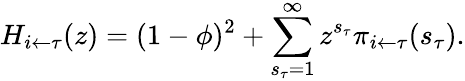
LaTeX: H_{i\leftarrow\tau}(z)=(1-\phi)^{2}+\sum_{s_{\tau}=1}^{\infty}z^{s_{\tau}}\pi_{i\leftarrow\tau}(s_{\tau}).